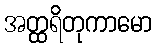
အတ္ထရိတုကာမော